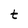
Character: t